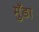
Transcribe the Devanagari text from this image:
मुँडा